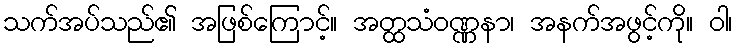
သက်အပ်သည်၏ အဖြစ်ကြောင့်။ အတ္ထသံဝဏ္ဏနာ၊ အနက်အဖွင့်ကို။ ဝါ၊